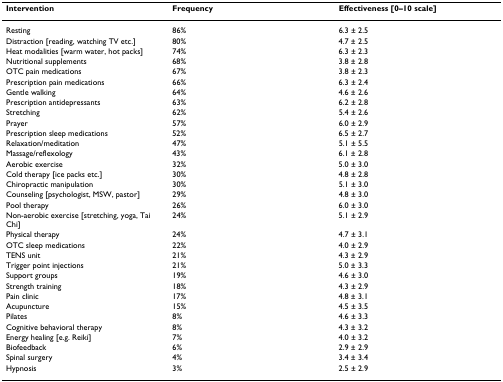
<table><thead><tr><td><b>Intervention</b></td><td><b>Frequency</b></td><td><b>Effectiveness [0–10 scale]</b></td></tr></thead><tbody><tr><td>Resting</td><td>86%</td><td>6.3 ± 2.5</td></tr><tr><td>Distraction [reading, watching TV etc.]</td><td>80%</td><td>4.7 ± 2.5</td></tr><tr><td>Heat modalities [warm water, hot packs]</td><td>74%</td><td>6.3 ± 2.3</td></tr><tr><td>Nutritional supplements</td><td>68%</td><td>3.8 ± 2.8</td></tr><tr><td>OTC pain medications</td><td>67%</td><td>3.8 ± 2.3</td></tr><tr><td>Prescription pain medications</td><td>66%</td><td>6.3 ± 2.4</td></tr><tr><td>Gentle walking</td><td>64%</td><td>4.6 ± 2.6</td></tr><tr><td>Prescription antidepressants</td><td>63%</td><td>6.2 ± 2.8</td></tr><tr><td>Stretching</td><td>62%</td><td>5.4 ± 2.6</td></tr><tr><td>Prayer</td><td>57%</td><td>6.0 ± 2.9</td></tr><tr><td>Prescription sleep medications</td><td>52%</td><td>6.5 ± 2.7</td></tr><tr><td>Relaxation/meditation</td><td>47%</td><td>5.1 ± 5.5</td></tr><tr><td>Massage/reflexology</td><td>43%</td><td>6.1 ± 2.8</td></tr><tr><td>Aerobic exercise</td><td>32%</td><td>5.0 ± 3.0</td></tr><tr><td>Cold therapy [ice packs etc.]</td><td>30%</td><td>4.8 ± 2.8</td></tr><tr><td>Chiropractic manipulation</td><td>30%</td><td>5.1 ± 3.0</td></tr><tr><td>Counseling [psychologist, MSW, pastor]</td><td>29%</td><td>4.8 ± 3.0</td></tr><tr><td>Pool therapy</td><td>26%</td><td>6.0 ± 3.0</td></tr><tr><td>Non-aerobic exercise [stretching, yoga, Tai Chi]</td><td>24%</td><td>5.1 ± 2.9</td></tr><tr><td>Physical therapy</td><td>24%</td><td>4.7 ± 3.1</td></tr><tr><td>OTC sleep medications</td><td>22%</td><td>4.0 ± 2.9</td></tr><tr><td>TENS unit</td><td>21%</td><td>4.3 ± 2.9</td></tr><tr><td>Trigger point injections</td><td>21%</td><td>5.0 ± 3.3</td></tr><tr><td>Support groups</td><td>19%</td><td>4.6 ± 3.0</td></tr><tr><td>Strength training</td><td>18%</td><td>4.3 ± 2.9</td></tr><tr><td>Pain clinic</td><td>17%</td><td>4.8 ± 3.1</td></tr><tr><td>Acupuncture</td><td>15%</td><td>4.5 ± 3.5</td></tr><tr><td>Pilates</td><td>8%</td><td>4.6 ± 3.3</td></tr><tr><td>Cognitive behavioral therapy</td><td>8%</td><td>4.3 ± 3.2</td></tr><tr><td>Energy healing [e.g. Reiki]</td><td>7%</td><td>4.0 ± 3.2</td></tr><tr><td>Biofeedback</td><td>6%</td><td>2.9 ± 2.9</td></tr><tr><td>Spinal surgery</td><td>4%</td><td>3.4 ± 3.4</td></tr><tr><td>Hypnosis</td><td>3%</td><td>2.5 ± 2.9</td></tr></tbody></table>